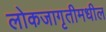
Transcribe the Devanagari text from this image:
लोकजागृतीमधील